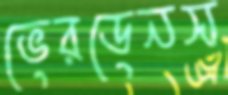
ভেরডেনস